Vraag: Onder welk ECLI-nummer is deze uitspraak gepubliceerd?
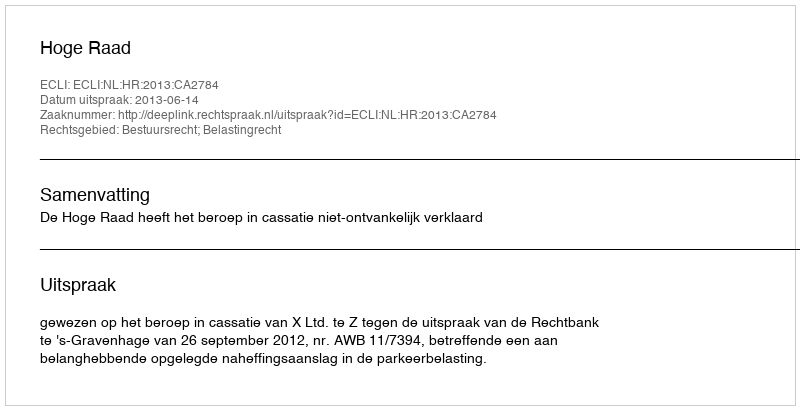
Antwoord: ECLI:NL:HR:2013:CA2784